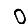
Digit: 0